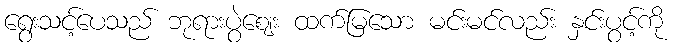
ရွေးသင့်ပေသည် ဘုရားပွဲဈေး ထက်မြသော မင်းမင်လည်း နှင်းပွင့်ကို